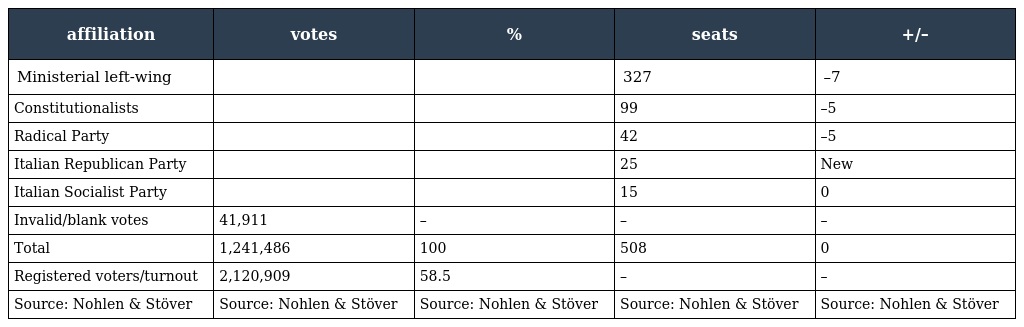
| affiliation | votes | % | seats | +/– |
 | --- | --- | --- | --- | --- |
 | Ministerial left-wing |  |  | 327 | –7 |
 | Constitutionalists |  |  | 99 | –5 |
 | Radical Party |  |  | 42 | –5 |
 | Italian Republican Party |  |  | 25 | New |
 | Italian Socialist Party |  |  | 15 | 0 |
 | Invalid/blank votes | 41,911 | – | – | – |
 | Total | 1,241,486 | 100 | 508 | 0 |
 | Registered voters/turnout | 2,120,909 | 58.5 | – | – |
 | Source: Nohlen & Stöver | Source: Nohlen & Stöver | Source: Nohlen & Stöver | Source: Nohlen & Stöver | Source: Nohlen & Stöver |